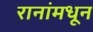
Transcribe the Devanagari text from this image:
रानांमधून